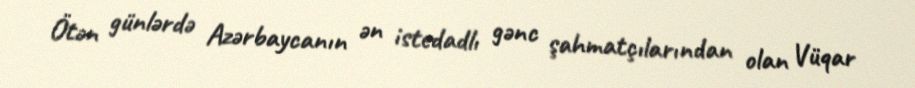
Ötən günlərdə Azərbaycanın ən istedadlı gənc şahmatçılarından olan Vüqar